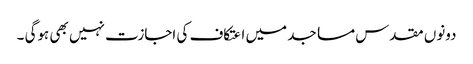
دونوں مقدس مساجد میں اعتکاف کی اجازت نہیں بھی ہوگی ۔